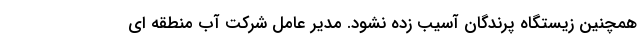
همچنین زیستگاه پرندگان آسیب زده نشود. مدیر عامل شرکت آب منطقه ای